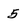
Character: 5